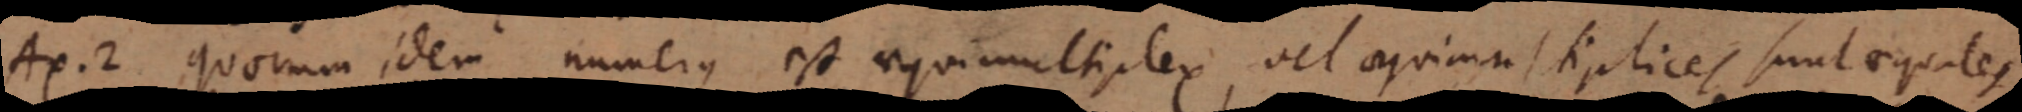
Ax. 2. quorum idem numerus est aquimultiplex, vel aquiam siplices sunt aequales